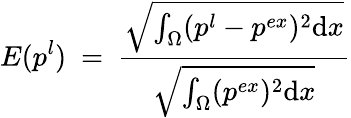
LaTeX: E({p^{l}})~=~\frac{\sqrt{\int_{\Omega}(p^{l}-p^{ex})^{2}\mathrm{d}x}}{\sqrt{\int_{\Omega}(p^{ex})^{2}\mathrm{d}x}}